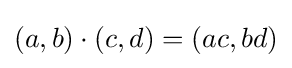
(a,b)\cdot (c,d)=(ac,bd)